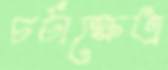
চর্চাক্ষেত্র